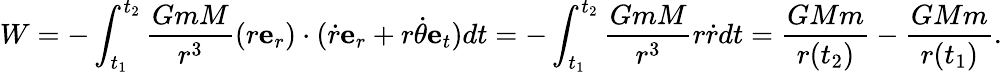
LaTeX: W=-\int_{t_{1}}^{t_{2}}{\frac{GmM}{r^{3}}}(r\mathbf{e}_{r})\cdot({\dot{r}}\mathbf{e}_{r}+r{\dot{\theta}}\mathbf{e}_{t})dt=-\int_{t_{1}}^{t_{2}}{\frac{GmM}{r^{3}}}r{\dot{r}}dt={\frac{GMm}{r(t_{2})}}-{\frac{GMm}{r(t_{1})}}.